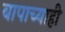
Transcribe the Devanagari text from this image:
बापाच्याही